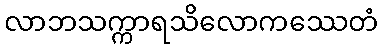
လာဘသက္ကာရသိလောကဿေတံ